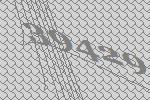
39429